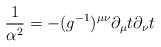
\begin{align*} \frac{1}{\alpha^2}=-(g^{-1})^{\mu\nu}\partial_\mu t\partial_\nu t\end{align*}